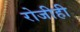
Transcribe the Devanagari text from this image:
रोजीही